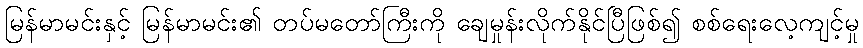
မြန်မာမင်းနှင့် မြန်မာမင်း၏ တပ်မတော်ကြီးကို ချေမှုန်းလိုက်နိုင်ပြီဖြစ်၍ စစ်ရေးလေ့ကျင့်မှု